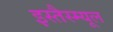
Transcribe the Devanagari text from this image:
इस्तैस्म्यूल